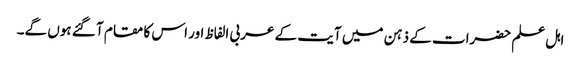
اہل علم حضرات کے ذہن میں آیت کے عربی الفاظ اور اس کا مقام آ گئے ہوں گے۔